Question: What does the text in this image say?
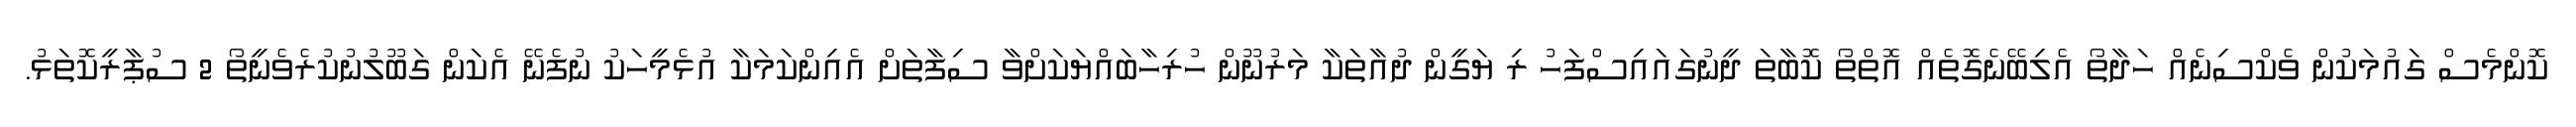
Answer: ކޮންމެސް ގައުމަކުން ވެކްސިނެއް ހަދާތޯ އެލިބޭނެގޮތެއް އޮތްތޯ ކޮބާތަ ދީނުގައައިސްފަހު ރި ޔަގީން ދުއާތަކާ މަރުނޫން ހުރިހާބައްޔަކަށްވާ ސިފާތަށް އެއިންކަމަކާ އުޅެމީހަކު ނުފެނޭ އެކަން ގަބޫލުނުކުރެވެނީތޯ 2 ސުޕާރީކޮތަޅު.